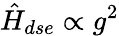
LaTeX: \hat{H}_{dse}\propto g^{2}